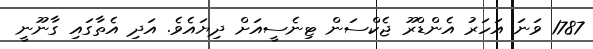
1787 ވަނަ އަހަރު އެންޑްރޫ ޖެކްސަން ޓިނެސީއަށް ދިޔައެވެ. އަދި އެތާގައި ގާނޫނީ